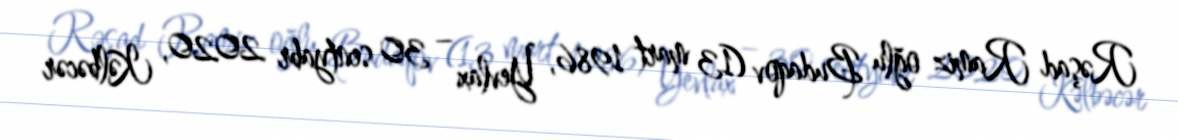
Rəşad Ramiz oğlu Budaqov (13 mart 1986, Yevlax – 30 sentyabr 2020, Kəlbəcər